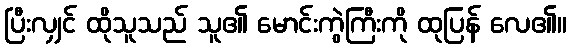
ပြီးလျှင် ထိုသူသည် သူ၏ မောင်းကွဲကြီးကို ထုပြန် လေ၏။